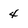
Character: 4